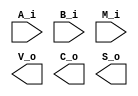
`timescale 1ns / 1ps

// EC-311 Lab-1 Part-1
  // The names of the variables are as described in the lab handout

module add_sub_4_bit #
(
  parameter WIDTH = 4
)
(
  // The inputs 
  input wire [WIDTH-1:0]        A_i,
  input wire [WIDTH-1:0]        B_i,
  input wire                    M_i,

  // The outputs
  output wire                   V_o,
  output wire                   C_o,
  output wire [WIDTH-1:0]       S_o

);



endmodule